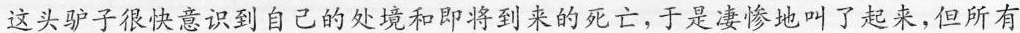
这头驴子很快意识到自己的处境和即将到来的死亡，于是凄惨地叫了起来，但所有